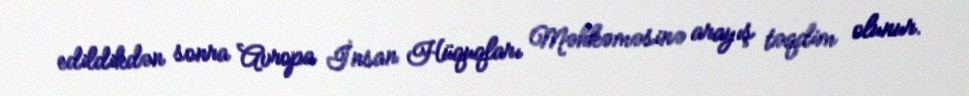
edildikdən sonra Avropa İnsan Hüquqları Məhkəməsinə arayış təqdim olunur.